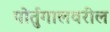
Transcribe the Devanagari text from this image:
पोर्तुगालवरील